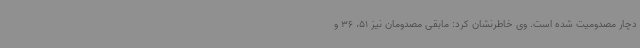
دچار مصدومیت شده است. وی خاطرنشان کرد: مابقی مصدومان نیز 51، 36 و